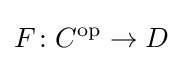
F\colon C^{\mathrm {op} }\to D